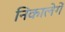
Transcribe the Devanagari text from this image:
निकालेगें